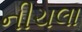
નીચલા